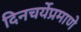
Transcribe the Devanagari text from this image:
दिनचर्येप्रमाणे